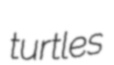
turtles